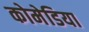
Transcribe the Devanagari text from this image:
कोमेडिया